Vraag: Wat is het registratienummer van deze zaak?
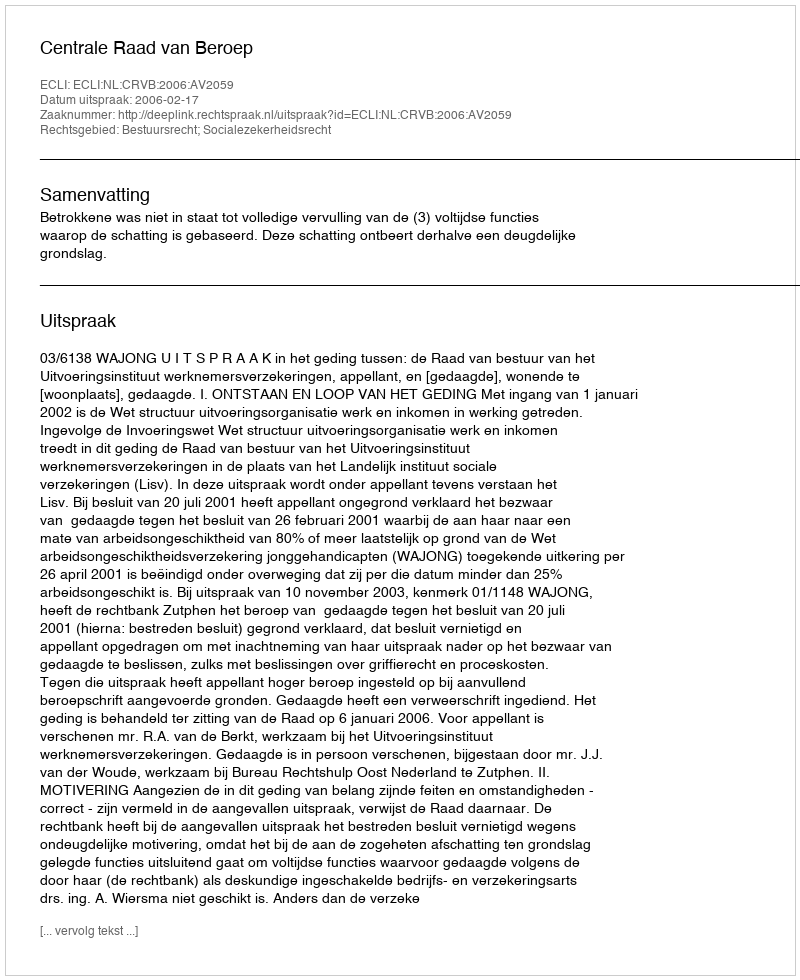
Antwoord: http://deeplink.rechtspraak.nl/uitspraak?id=ECLI:NL:CRVB:2006:AV2059